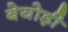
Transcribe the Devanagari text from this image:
बेयोड़ी